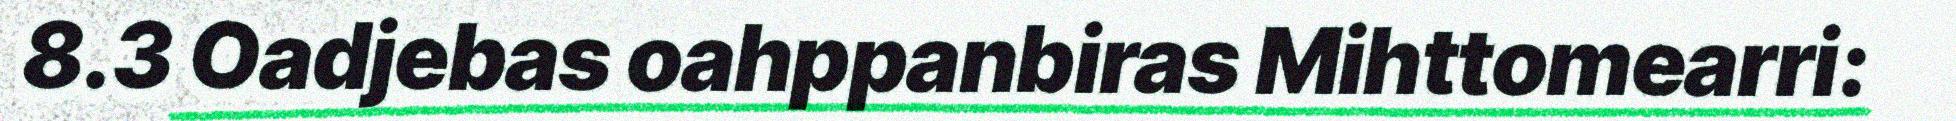
8.3 Oadjebas oahppanbiras Mihttomearri: